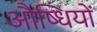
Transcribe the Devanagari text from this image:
औष्धियों